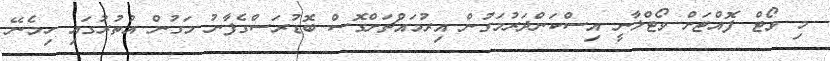
މި ވޯޓް ފޮއްޓަށް ވޯޓްލާނީ އިސްކަންދަރުމަގުން އިރުމައްޗަށްގޮސް ބޮޑުރަސްގެފާނު މަގުން އުތުރުގައި ހިމެނޭ